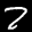
Label: 2